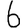
Digit: 6